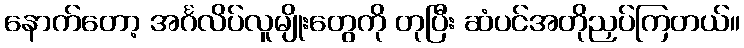
နောက်တော့ အင်္ဂလိပ်လူမျိုးတွေကို တုပြီး ဆံပင်အတိုညှပ်ကြတယ်။